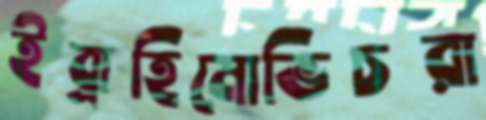
ইব্রাহিমোভিচরা